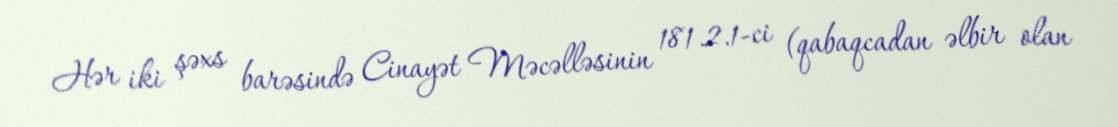
Hər iki şəxs barəsində Cinayət Məcəlləsinin 181.2.1-ci (qabaqcadan əlbir olan